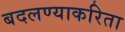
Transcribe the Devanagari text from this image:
बदलण्याकरिता